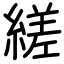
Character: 縒